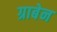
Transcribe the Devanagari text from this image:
ग्राबेन